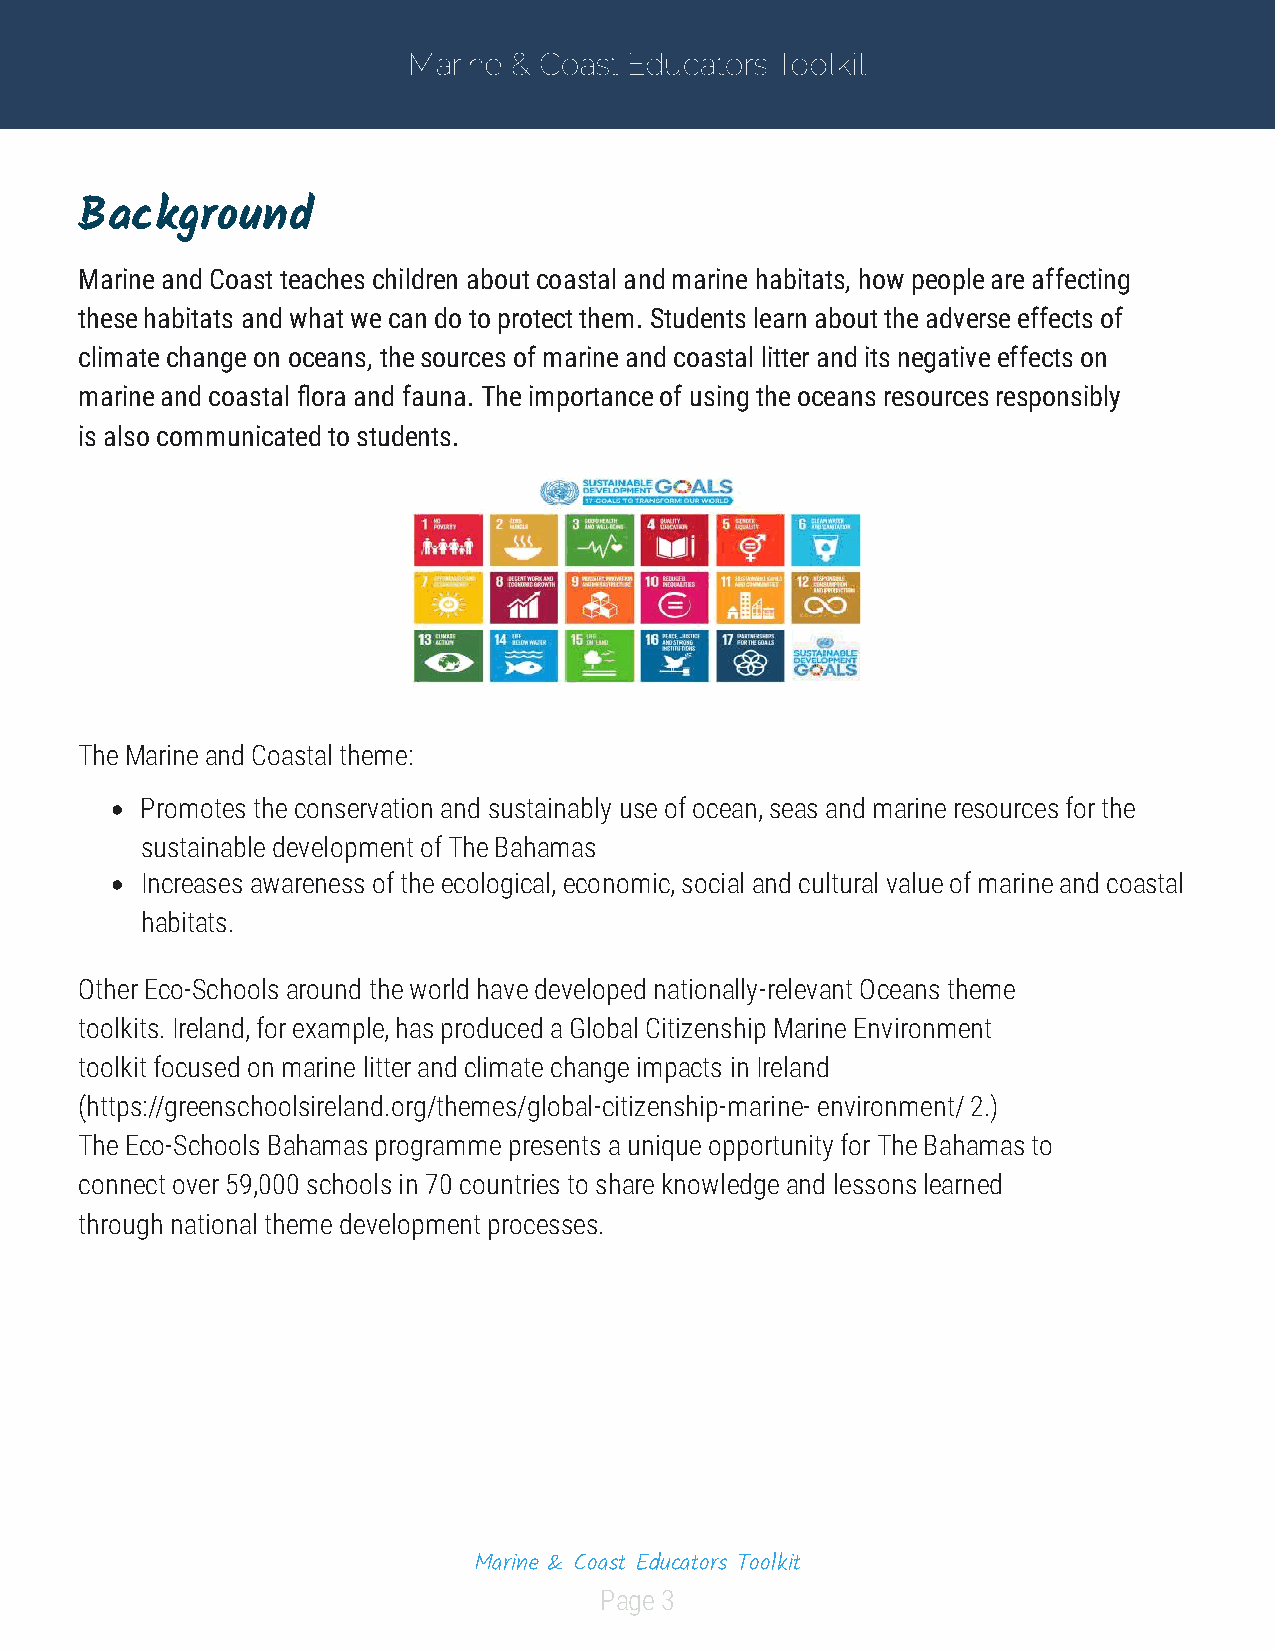
Marine & Coast Educators Toolkit
 Background
 Marine and Coast teaches children about coastal and marine habitats, how people are affecting
 these habitats and what we can do to protect them. Students learn about the adverse effects of
 climate change on oceans, the sources of marine and coastal litter and its negative effects on
 marine and coastal ora and fauna. The importance of using the oceans resources responsibly
 is also communicated to students.
 The Marine and Coastal theme:
 Promotes the conservation and sustainably use of ocean, seas and marine resources for the
 sustainable development of The Bahamas
 Increases awareness of the ecological, economic, social and cultural value of marine and coastal
 habitats.
 Other Eco-Schools around the world have developed nationally-relevant Oceans theme
 toolkits. Ireland, for example, has produced a Global Citizenship Marine Environment
 toolkit focused on marine litter and climate change impacts in Ireland
 (https://greenschoolsireland.org/themes/global-citizenship-marine- environment/ 2.)
 The Eco-Schools Bahamas programme presents a unique opportunity for The Bahamas to
 connect over 59,000 schools in 70 countries to share knowledge and lessons learned
 through national theme development processes.
 Marine & Coast Educators Toolkit
 Page 3